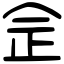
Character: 佱